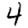
Digit: 4